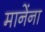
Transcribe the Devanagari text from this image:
मानेंना